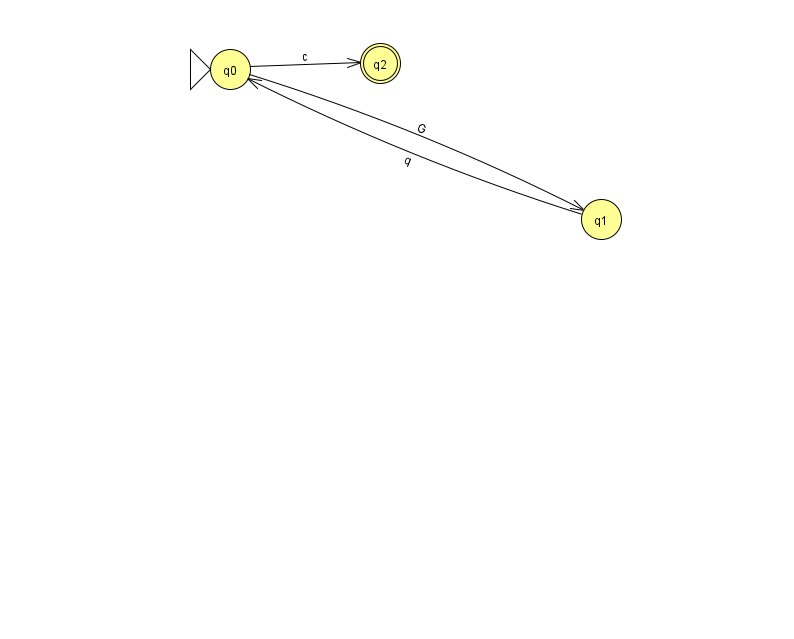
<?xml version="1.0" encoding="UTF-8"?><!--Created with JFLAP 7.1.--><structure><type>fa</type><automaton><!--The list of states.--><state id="0" name="q0"><x>230.0</x><y>56.0</y><initial/></state><state id="1" name="q1"><x>601.0</x><y>206.0</y></state><state id="2" name="q2"><x>380.0</x><y>50.0</y><final/></state><!--The list of transitions.--><transition><from>0</from><to>2</to><read>c</read></transition><transition><from>1</from><to>0</to><read>q</read></transition><transition><from>0</from><to>1</to><read>G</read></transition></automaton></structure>